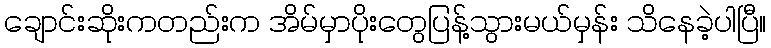
ချောင်းဆိုးကတည်းက အိမ်မှာပိုးတွေပြန့်သွားမယ်မှန်း သိနေခဲ့ပါပြီ။